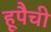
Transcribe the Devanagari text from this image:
हूपैची